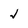
Character: J